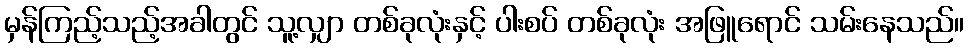
မှန်ကြည့်သည့်အခါတွင် သူ့လျှာ တစ်ခုလုံးနှင့် ပါးစပ် တစ်ခုလုံး အဖြူရောင် သမ်းနေသည်။